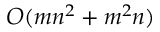
O ( m n ^ { 2 } + m ^ { 2 } n )